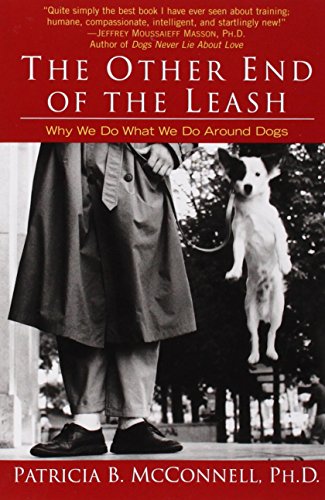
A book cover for The Other End of the Leash: Why We Do What We Do Around Dogs; Patricia B. McConnell; Crafts, Hobbies & Home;